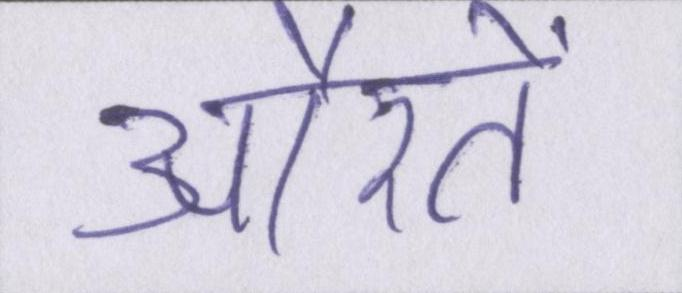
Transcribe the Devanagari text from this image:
औरतें